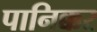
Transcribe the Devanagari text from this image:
पानिक्कर